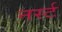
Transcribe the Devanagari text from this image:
नर्स्ट